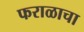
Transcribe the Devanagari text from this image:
फराळाचा